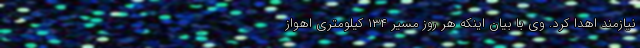
نیازمند اهدا کرد. وی با بیان اینکه هر روز مسیر ۱۳۴ کیلومتری اهواز